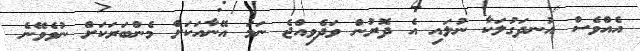
އެއްވެސް އުނދަގުލަކާ ނުލައި އެ ދޮރުން ވަދެވިއްޖެ ނަމަ އޭނާއަކަށް މެންބަރަކަށް ނުވެވޭނެ